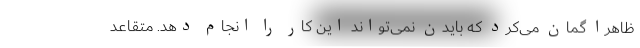
ظاهرا گمان می‌کرد که بایدن نمی‌تواند این کار را انجام دهد. متقاعد